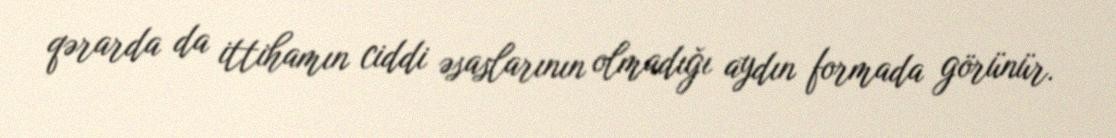
qərarda da ittihamın ciddi əsaslarının olmadığı aydın formada görünür.